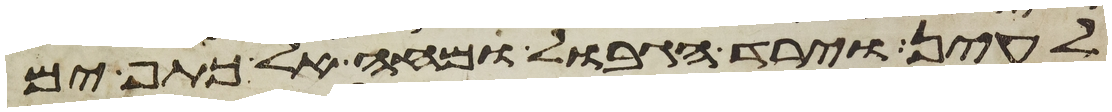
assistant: לעין וירד הגבול ומחה אל כתף ים